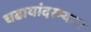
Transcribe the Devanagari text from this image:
चढायांदरम्यान